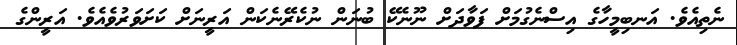
ނެތިއެވެ. އަނބިމީހާގެ އިސްނެގުމަށް ފަވާދަށް ނޫނެކޭ ބުނަން ނުކެރޭނެކަން އަރީނަށް ކަށަވަރުވެއެވެ. އަރީންގެ